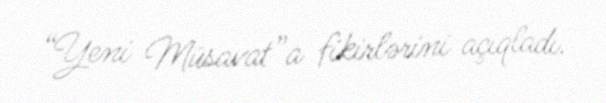
“Yeni Müsavat”a fikirlərini açıqladı.